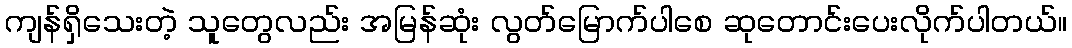
ကျန်ရှိသေးတဲ့ သူတွေလည်း အမြန်ဆုံး လွတ်မြောက်ပါစေ ဆုတောင်းပေးလိုက်ပါတယ်။